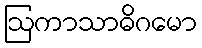
ဩကာသာဓိဂမော